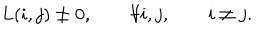
LaTeX: L ( i , j ) \ne 0 , \qquad \forall i , j , \qquad i \ne j .